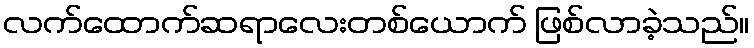
လက်ထောက်ဆရာလေးတစ်ယောက် ဖြစ်လာခဲ့သည်။